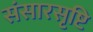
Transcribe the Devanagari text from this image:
संसारसृष्टि